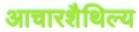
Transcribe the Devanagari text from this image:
आचारशैथिल्य